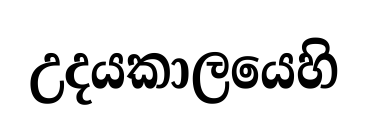
උදයකාලයෙහි